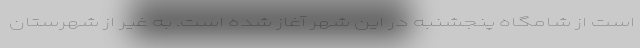
است از شامگاه پنجشنبه در این شهر آغاز شده است. به غیر از شهرستان